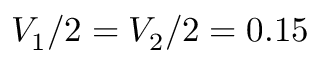
V _ { 1 } / 2 = V _ { 2 } / 2 = 0 . 1 5